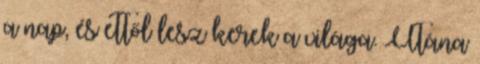
a nap, és ettől lesz kerek a világa. Utána